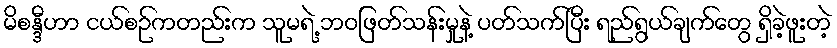
မိစန္ဒီဟာ ငယ်စဉ်ကတည်းက သူမရဲ့ ဘဝဖြတ်သန်းမှုနဲ့ ပတ်သက်ပြီး ရည်ရွယ်ချက်တွေ ရှိခဲ့ဖူးတဲ့